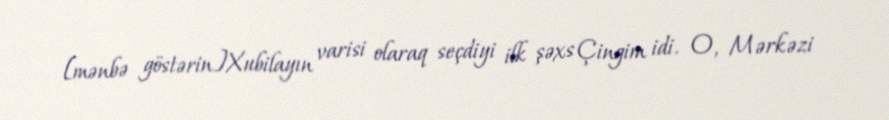
[mənbə göstərin]Xubilayın varisi olaraq seçdiyi ilk şəxs Çingim idi. O, Mərkəzi